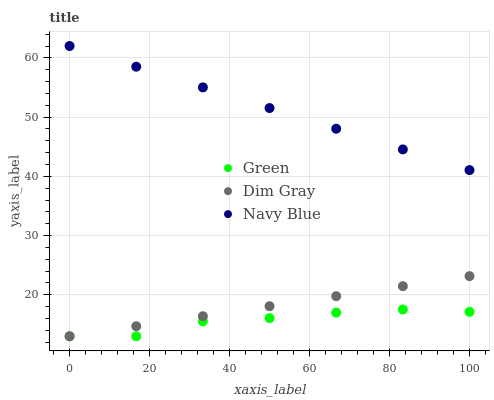
| xaxis_label | Green | Dim Gray | Navy Blue |
 | --- | --- | --- | --- |
 | 0 | 13 | 13 | 62 |
 | 16.7 | 13 | 14.7 | 58.5 |
 | 33.3 | 15.5 | 16.4 | 55 |
 | 50 | 16.1 | 18.1 | 51.5 |
 | 66.7 | 17 | 19.8 | 48 |
 | 83.3 | 17.5 | 21.5 | 44.5 |
 | 100 | 17.1 | 23.1 | 41.1 |